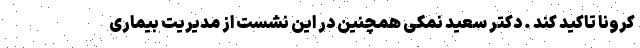
کرونا تاکید کند . دکتر سعید نمکی همچنین در این نشست از مدیریت بیماری